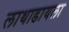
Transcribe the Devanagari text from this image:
लाथाडायला